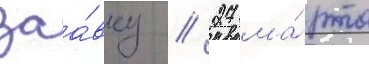
заа́вку // 27 ма́рта